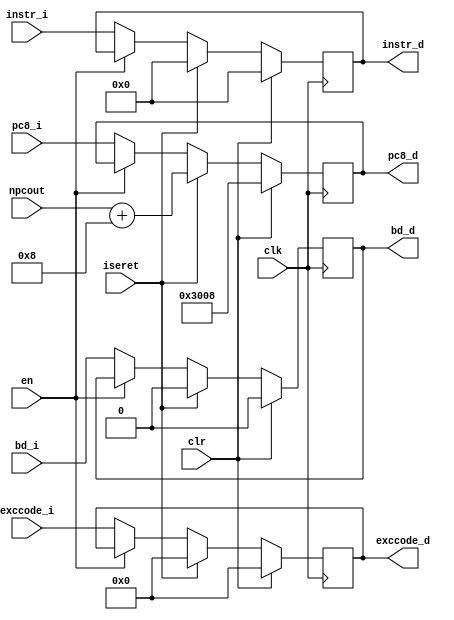
`timescale 1ns / 1ps

module Dpipe (clk,clr,en,npcout,iseret,
				instr_i,pc8_i,bd_i,exccode_i,
				instr_d,pc8_d,bd_d,exccode_d);
input clk,clr,en,bd_i,iseret;
input [31:0] instr_i,pc8_i,npcout;
input[4:0] exccode_i;
output reg [31:0]instr_d,pc8_d;
output reg bd_d;
output reg[4:0] exccode_d; 

always@(posedge clk)
	begin
		if(clr)
			begin
				instr_d<=0; pc8_d<=32'h00003008;exccode_d<=0;bd_d<=0;
			end
		else if(iseret)
			begin
				instr_d<=0; pc8_d<=npcout+8;exccode_d<=0;bd_d<=0;
			end
		else if(en)
			begin
				instr_d<=instr_d; pc8_d<=pc8_d;bd_d<=bd_d;exccode_d<=exccode_d;
			end
		else 
			begin
				instr_d<=instr_i; pc8_d<=pc8_i;bd_d<=bd_i;exccode_d<=exccode_i;
			end
	end
endmodule